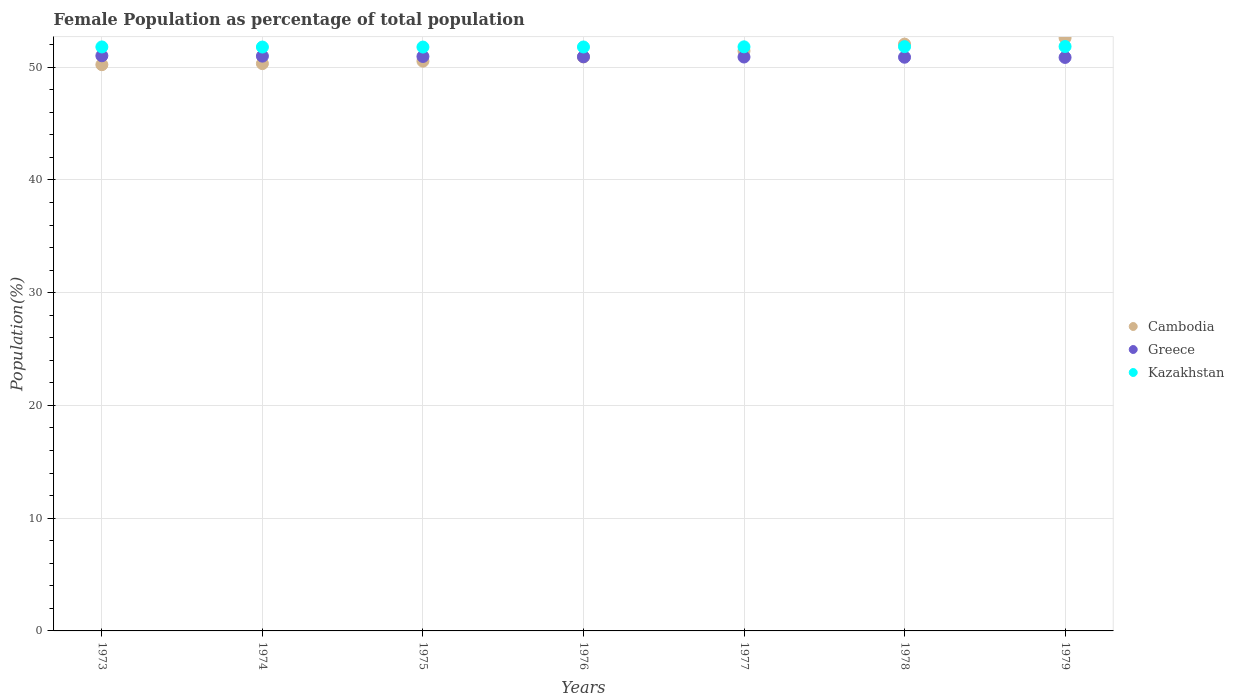
| Years | Cambodia | Greece | Kazakhstan |
 | --- | --- | --- | --- |
 | 1973 | 50.2 | 51 | 51.8 |
 | 1974 | 50.3 | 51 | 51.8 |
 | 1975 | 50.5 | 50.9 | 51.8 |
 | 1976 | 50.9 | 50.9 | 51.8 |
 | 1977 | 51.4 | 50.9 | 51.8 |
 | 1978 | 52 | 50.9 | 51.8 |
 | 1979 | 52.6 | 50.9 | 51.8 |